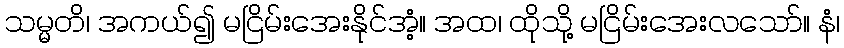
သမ္မတိ၊ အကယ်၍ မငြိမ်းအေးနိုင်အံ့။ အထ၊ ထိုသို့ မငြိမ်းအေးလသော်။ နံ၊